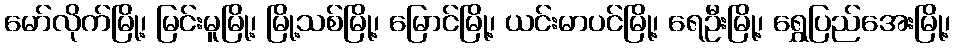
မော်လိုက်မြို့၊ မြင်းမူမြို့၊ မြို့သစ်မြို့၊ မြောင်မြို့၊ ယင်းမာပင်မြို့၊ ရေဦးမြို့၊ ရွှေပြည်အေးမြို့၊